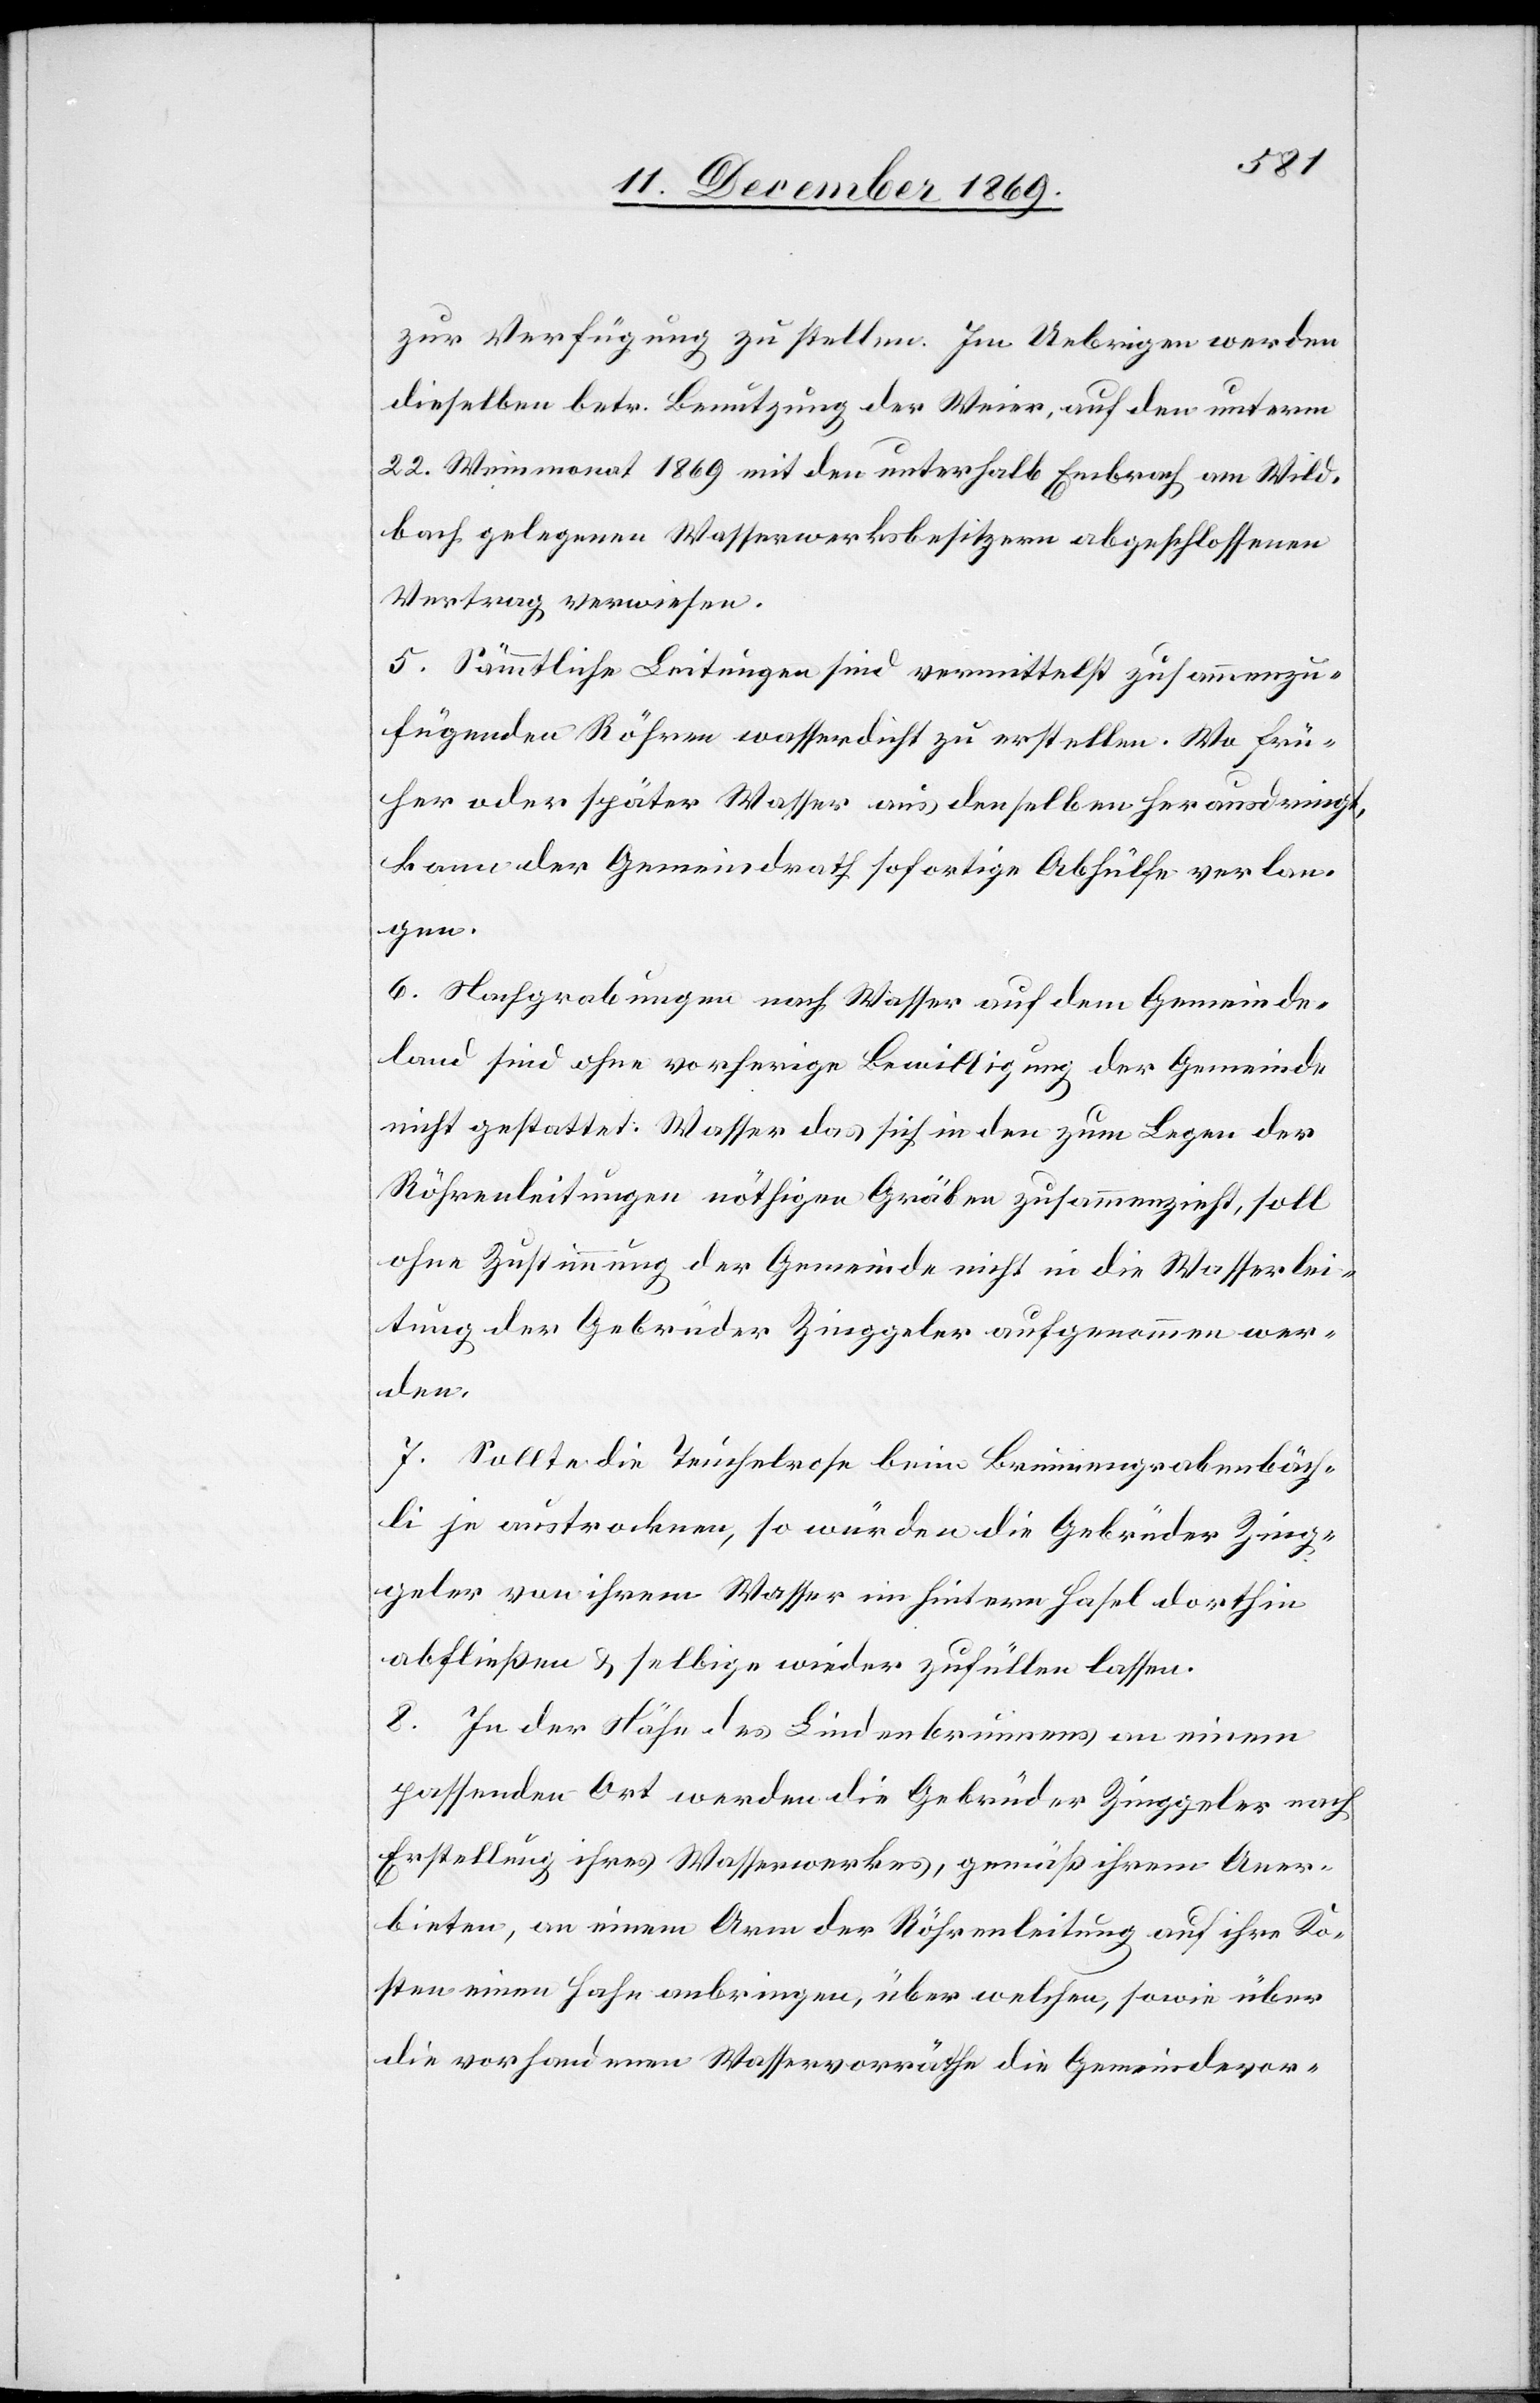
zur Verfügung zu stellen. Im Uebrigen werden
dieselben betr. Benutzung der Weier, auf den unterm
22. Weinmonat 1869 mit den unterhalb Embrach am Wild¬
bach gelegenen Wasserwerksbesitzern abgeschlossenen
Vertrag verwiesen.
5. Sämmtliche Leitungen sind vermittelst zusammenzu¬
fügenden Röhren wasserdicht zu erstellen. Wo frü¬
her oder später Wasser aus denselben herausdringt,
kann der Gemeindrath sofortige Abhülfe verlan¬
gen.
6. Nachgrabungen nach Wasser auf dem Gemeinde¬
land sind ohne vorherige Bewilligung der Gemeinde
nicht gestattet. Wasser das sich in den zum Legen der
Röhrenleitungen nöthigen Gräben zusammenzieht, soll
ohne Zustimmung der Gemeinde nicht in die Wasserlei¬
tung der Gebrüder Zinggeler aufgenommen wer¬
den.
7. Sollte die Teuchelrose beim Brunnengrabenbäch¬
li je austrocknen, so würden die Gebrüder Zing¬
geler von ihrem Wasser im hintern Hasel dorthin
abfließen & selbige wieder zufüllen lassen.
8. In der Nähe des Lindenbrunnens an einem
passenden Ort werden die Gebrüder Zinggeler nach
Erstellung ihres Wasserwerkes, gemäß ihrem Aner¬
bieten, an einem Arm der Röhrenleitung auf ihre Ko¬
sten einen Hahn anbringen, über welchen, sowie über
die vorhandenen Wasservorräthe die Gemeindevor-